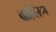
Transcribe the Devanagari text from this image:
वात्लिग